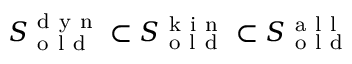
S _ { \mathrm { ~ o ~ l ~ d ~ } } ^ { \mathrm { ~ d ~ y ~ n ~ } } \subset S _ { \mathrm { ~ o ~ l ~ d ~ } } ^ { \mathrm { ~ k ~ i ~ n ~ } } \subset S _ { \mathrm { ~ o ~ l ~ d ~ } } ^ { \mathrm { ~ a ~ l ~ l ~ } }